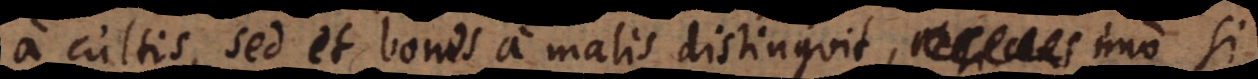
a cultis, sed et bonos a malis distinguit, imo si